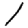
Digit: 1